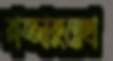
রাজ্জাকুন্নেছা